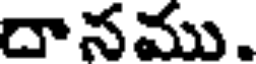
దానము.